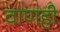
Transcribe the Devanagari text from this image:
वाणही